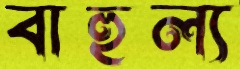
বাহুল্য